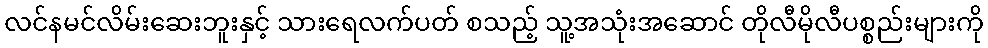
လင်နမင်လိမ်းဆေးဘူးနှင့် သားရေလက်ပတ် စသည့် သူ့အသုံးအဆောင် တိုလီမိုလီပစ္စည်းများကို